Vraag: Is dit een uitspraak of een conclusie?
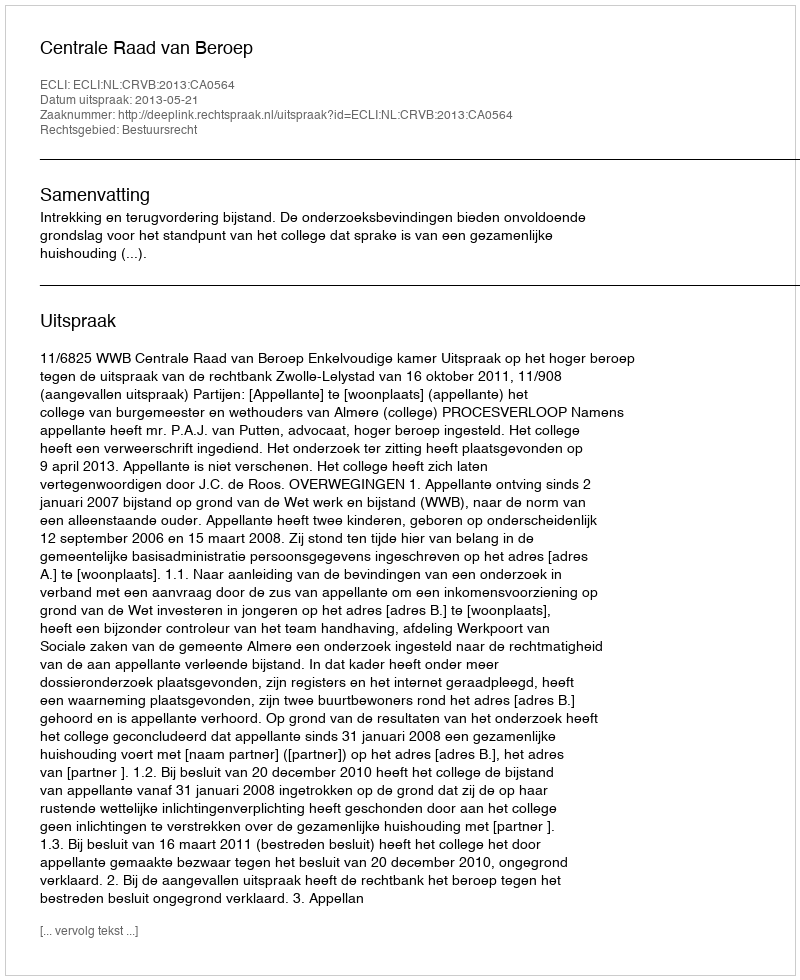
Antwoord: Uitspraak